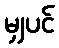
မျှပင်